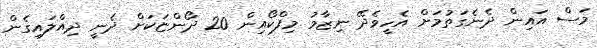
މަސް އައިން ދެނެގަތުމަށް އެހީވެދޭ ނިޒާމު މިފްކޯއިން 20 ދޯންޏަކަށް ދެނީ ދިއްލައިގެން